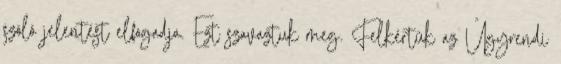
szóló jelentést elfogadja. Ezt szavaztuk meg. Felkértük az Ügyrendi